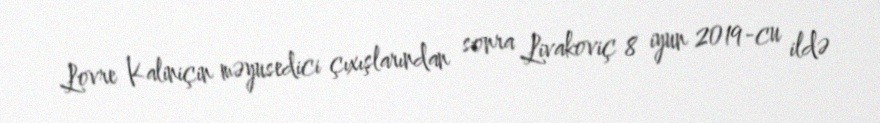
Lovre Kaliniçin məyusedici çıxışlarından sonra Livakoviç 8 iyun 2019-cu ildə